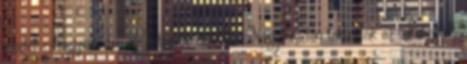
modell Nagyvárad – Csütörtök délelőtt Nagyváradon tartották az Integrált